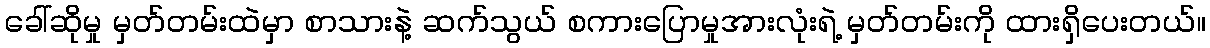
ခေါ်ဆိုမှု မှတ်တမ်းထဲမှာ စာသားနဲ့ ဆက်သွယ် စကားပြောမှုအားလုံးရဲ့ မှတ်တမ်းကို ထားရှိပေးတယ်။